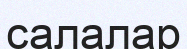
салалар